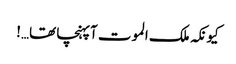
کیونکہ ملک الموت آپہنچا تھا…!